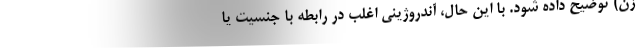
زن) توضیح داده شود. با این حال، آندروژینی اغلب در رابطه با جنسیت یا